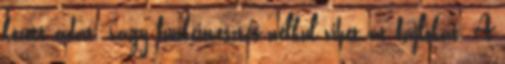
között adat- vagy funkcióvesztés nélkül vihet át fájlokat. A